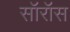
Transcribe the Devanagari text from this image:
सॉरॉस